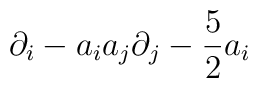
\partial_i-a_i a_j \partial_j- {5\over 2} a_i